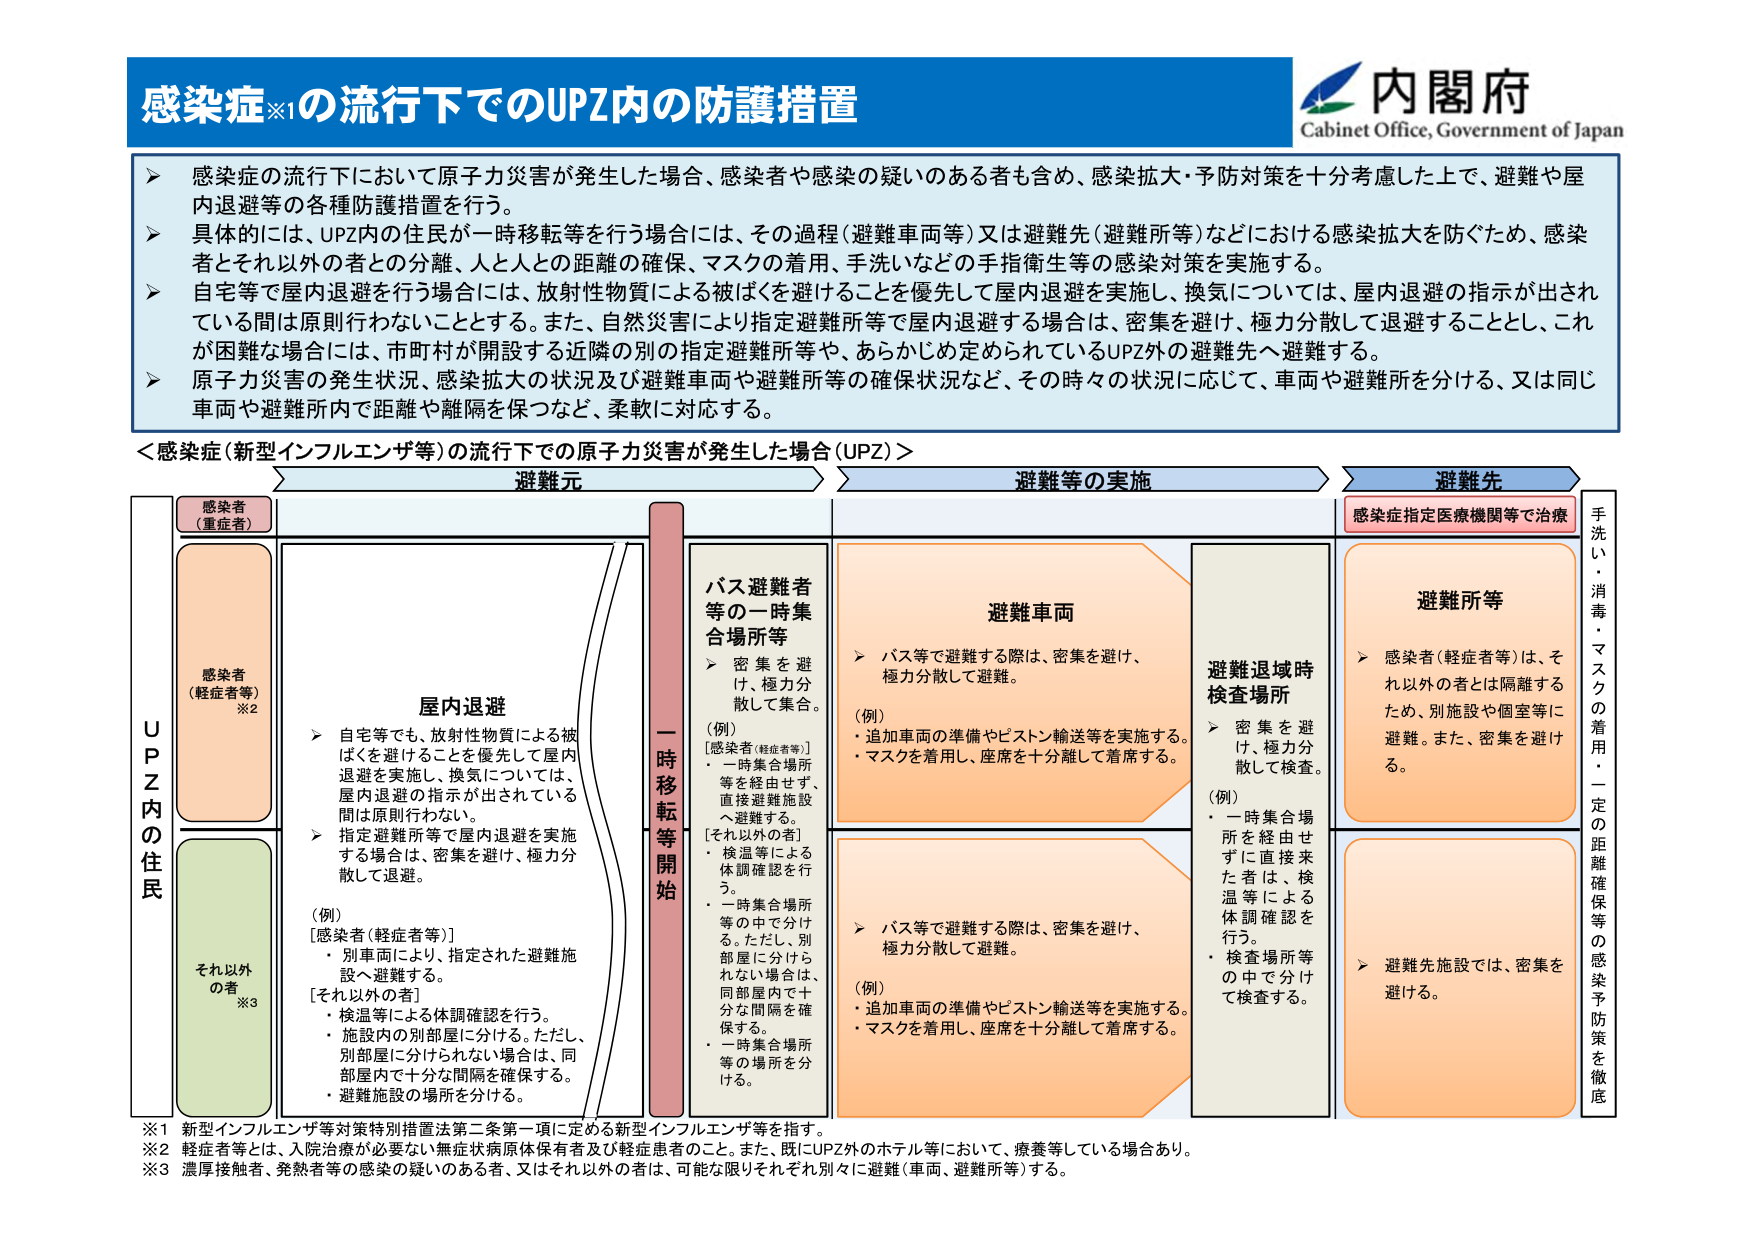
感染症※1の流行下でのUPZ内の防護措置
内閣府
Cabinet Office, Government of Japan
➤ 感染症の流行下において原子力災害が発生した場合、感染者や感染の疑いのある者も含め、感染拡大・予防対策を十分考慮した上で、避難や屋内退避等の各種防護措置を行う。
➤ 具体的には、UPZ内の住民が一時移転等を行う場合には、その過程（避難車両等）又は避難先（避難所等）などにおける感染拡大を防ぐため、感染者とそれ以外の者との分離、人と人との距離の確保、マスクの着用、手洗いなどの手指衛生等の感染対策を実施する。
➤ 自宅等で屋内退避を行う場合には、放射性物質による被ばくを避けることを優先して屋内退避を実施し、換気については、屋内退避の指示が出されている間は原則行わないこととする。また、自然災害により指定避難所等で屋内退避する場合は、密集を避け、極力分散して退避することとし、これが困難な場合には、市町村が開設する近隣の別の指定避難所等や、あらかじめ定められているUPZ外の避難先へ避難する。
➤ 原子力災害の発生状況、感染拡大の状況及び避難車両や避難所等の確保状況など、その時々の状況に応じて、車両や避難所を分ける、又は同じ車両や避難所内で距離や隔離を保つなど、柔軟に対応する。
＜感染症（新型インフルエンザ等）の流行下での原子力災害が発生した場合（UPZ）＞
避難元
避難等の実施
避難先
感染者
（重症者）
感染者
（軽症者等）
※2
それ以外
の者
※3
UPZ内の住民
屋内退避
➤ 自宅等でも、放射性物質による被ばくを避けることを優先して屋内退避を実施し、換気については、屋内退避の指示が出されている間は原則行わない。
➤ 指定避難所等で屋内退避を実施する場合は、密集を避け、極力分散して退避。
（例）
［感染者（軽症者等）］
・ 別車両により、指定された避難施設へ避難する。
［それ以外の者］
・ 検温等による体調確認を行う。
・ 施設内の別部屋に分ける。ただし、別部屋に分けられない場合は、同部屋内で十分な間隔を確保する。
・ 避難施設の場所を分ける。
一時移転等開始
バス避難者
等の一時集
合場所等
➤ 密集を避け、極力分散して集合。
（例）
［感染者（軽症者等）］
・ 一時集合場所等を経由せず、直接避難施設へ避難する。
［それ以外の者］
・ 検温等による体調確認を行う。
・ 一時集合場所等の中では、別部屋に分けられない場合は、同部屋内で十分な間隔を確保する。
・ 一時集合場所等の場所を分ける。
避難車両
➤ バス等で避難する際は、密集を避け、極力分散して避難。
（例）
・ 追加車両の準備やピストン輸送等を実施する。
・ マスクを着用し、座席を十分離して着席する。
➤ バス等で避難する際は、密集を避け、極力分散して避難。
（例）
・ 追加車両の準備やピストン輸送等を実施する。
・ マスクを着用し、座席を十分離して着席する。
避難退域時
検査場所
➤ 密集を避け、極力分散して検査。
（例）
・ 一時集合場所を経由せずに直接来た者は、検温等による体調確認を行う。
・ 検査場所等の中で分けて検査する。
避難所等
➤ 感染者（軽症者等）は、それ以外の者とは隔離するため、別施設や個室等に避難。また、密集を避ける。
➤ 避難先施設では、密集を避ける。
感染症指定医療機関等で治療
手洗い・消毒・マスクの着用・一定の距離確保等の感染予防策を徹底
※1 新型インフルエンザ等対策特別措置法第二条第一項に定める新型インフルエンザ等を指す。
※2 軽症者等とは、入院治療が必要ない無症状病原体保有者及び軽症患者のこと。また、既にUPZ外のホテル等において、療養等している場合あり。
※3 濃厚接触者、発熱者等の感染の疑いのある者、又はそれ以外の者は、可能な限りそれぞれ別々に避難（車両、避難所等）する。